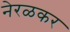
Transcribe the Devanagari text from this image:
नेरळकर